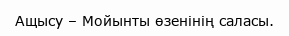
Ащысу – Мойынты өзенінің саласы.